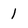
Character: 1